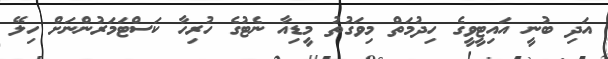
އަދި ބުނީ އައިޓީވީގެ ހިދުމަތް މިވަގުތު މީޑިއާ ނެޓުގެ ހުރިހާ ކަސްޓަމަރުންނަށް ހިލޭ